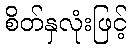
စိတ်နှလုံးဖြင့်